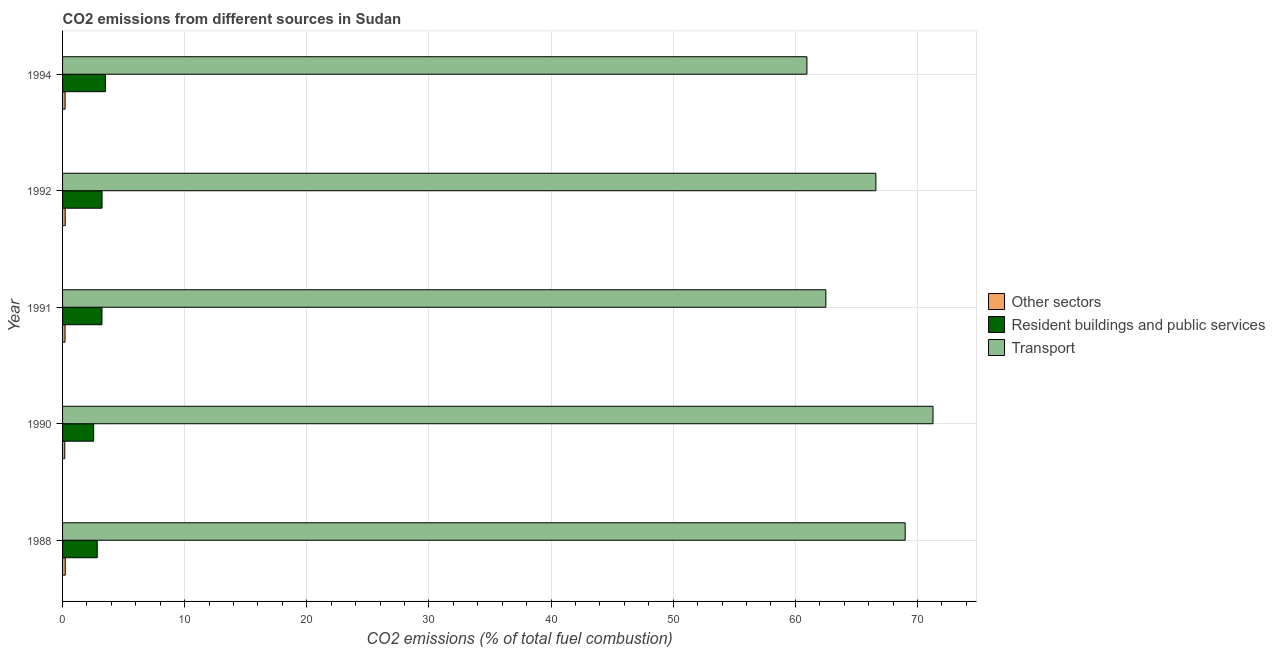
| Year | Other sectors | Resident buildings and public services | Transport |
 | --- | --- | --- | --- |
 | 1988 | 0.218 | 2.84 | 69 |
 | 1990 | 0.182 | 2.55 | 71.3 |
 | 1991 | 0.202 | 3.23 | 62.5 |
 | 1992 | 0.216 | 3.23 | 66.6 |
 | 1994 | 0.207 | 3.51 | 61 |